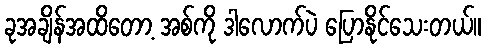
ခုအချိန်အထိတော့ အစ်ကို ဒါလောက်ပဲ ပြောနိုင်သေးတယ်။